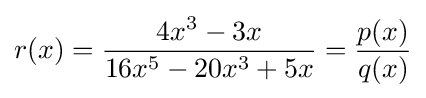
r(x)={\frac {4x^{3}-3x}{16x^{5}-20x^{3}+5x}}={\frac {p(x)}{q(x)}}